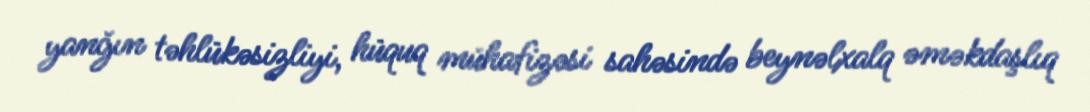
yanğın təhlükəsizliyi, hüquq mühafizəsi sahəsində beynəlxalq əməkdaşlıq